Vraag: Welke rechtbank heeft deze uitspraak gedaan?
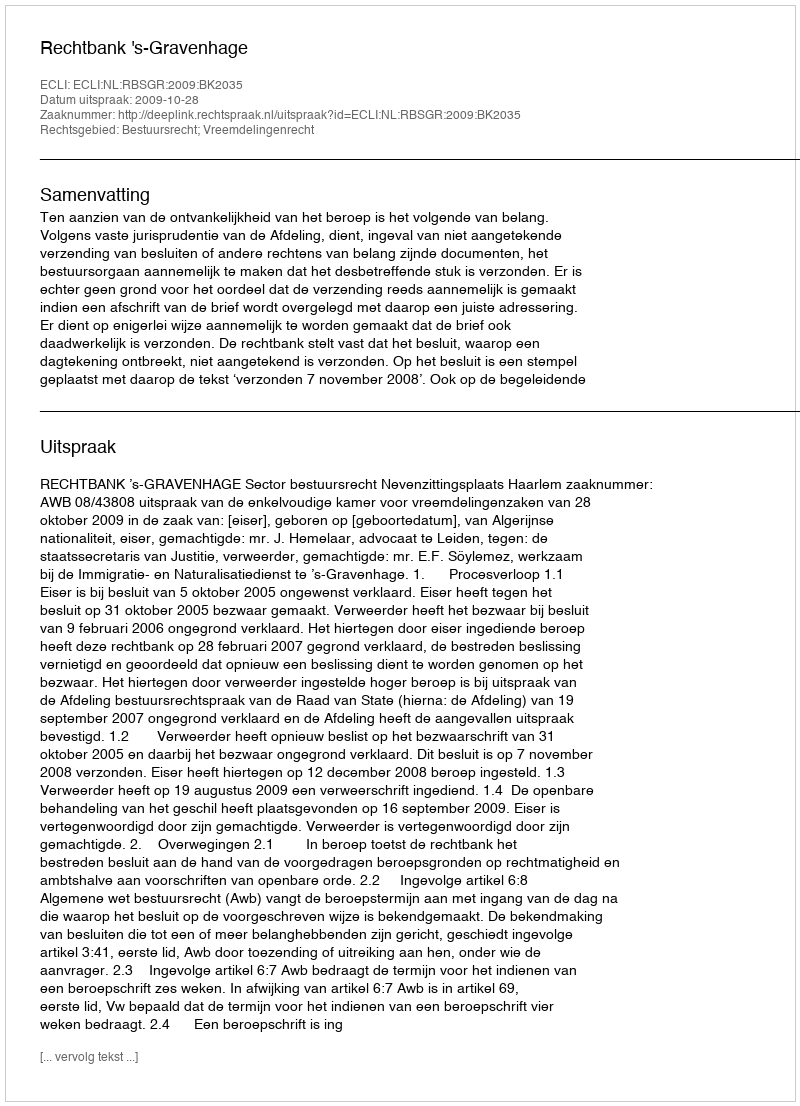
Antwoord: Rechtbank 's-Gravenhage